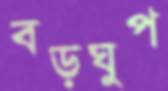
বড়ঘুপ